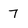
Character: 7